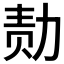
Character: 𪟝